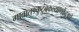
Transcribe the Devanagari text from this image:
गावात१कुटुंबकल्याणकेंद्रआहे